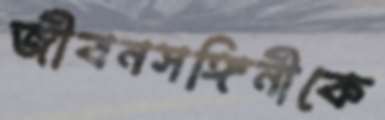
জীবনসঙ্গিনীকে